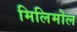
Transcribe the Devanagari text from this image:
मिलिमोल